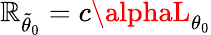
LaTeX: \mathbb{R}_{\tilde{{\theta}}_{0}}=c\alphaL_{\theta_{0}}